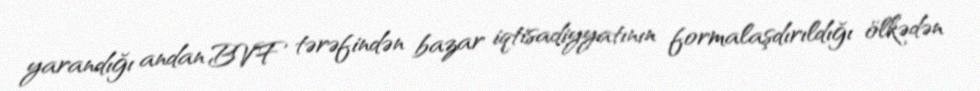
yarandığı andan BVF tərəfindən bazar iqtisadiyyatının formalaşdırıldığı ölkədən